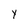
Character: Y